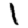
Digit: 1